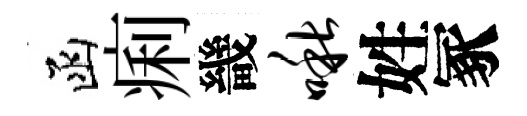
函痢畿啾姓冢